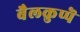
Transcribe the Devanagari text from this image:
बैलकुप्पॆ